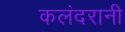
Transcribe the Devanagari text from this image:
कलंदरानी